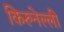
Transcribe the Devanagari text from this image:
किरुनेल्ली